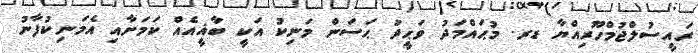
ރައީސުލްޖުމްހޫރިއްޔާ ޑރ. މުޙައްމަދު ވަޙީދު ޙަސަން މަނިކު އަކީ ބާޣީއެއް ކަމަށާއި އެމަނިކުފާނު